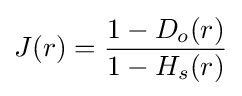
J(r)={\frac {1-D_{o}(r)}{1-H_{s}(r)}}